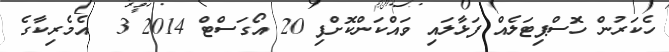
ހެކަރުން ހޮސްޕިޓަލެއް ފަޅާލައި ވައްކަންކޮށްފި 20 އޯގަސްޓް 2014 3  އެމެރިކާގެ